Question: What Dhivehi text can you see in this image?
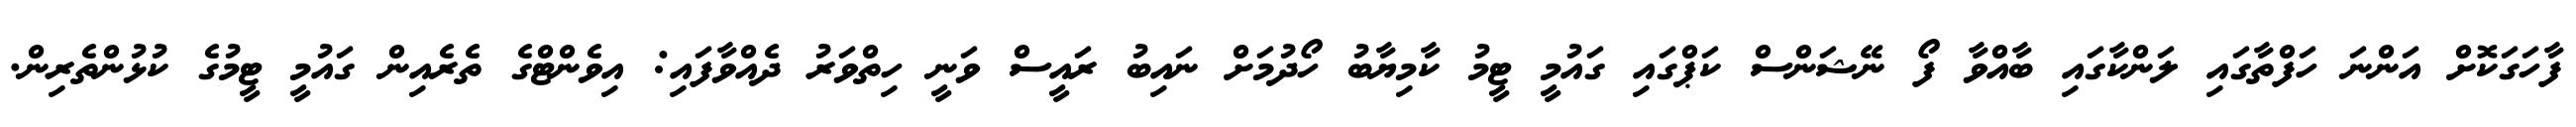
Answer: ފާހަގަކޮށް އަންނަ ހަފްތާގައި ލަންކާގައި ބާއްވާ ފޯ ނޭޝަންސް ކަޕްގައި ގައުމީ ޓީމު ކާމިޔާބު ހޯދުމަށް ނައިބު ރައީސް ވަނީ ހިތްވަރު ދެއްވާފައި: އިވެންޓްގެ ތެރެއިން ގައުމީ ޓީމުގެ ކުޅުންތެރިން.